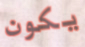
يكون